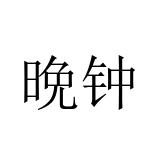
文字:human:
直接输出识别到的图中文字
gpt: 晩钟